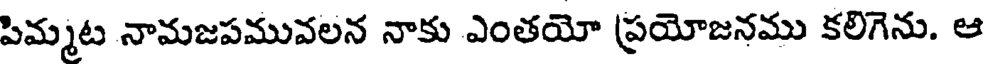
పిమ్మట నామజపమువలన నాకు ఎంతయో ప్రయోజనము కలిగెను. ఆ